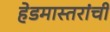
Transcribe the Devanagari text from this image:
हेडमास्तरांची